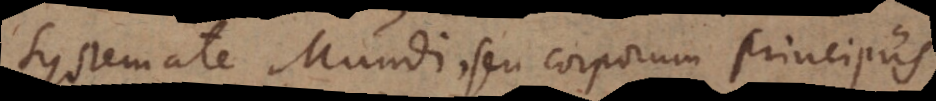
Systemate Mundi, seu corporum principiis